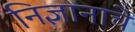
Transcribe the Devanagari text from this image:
निज्ञानाचे